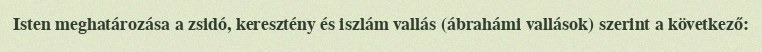
Isten meghatározása a zsidó, keresztény és iszlám vallás (ábrahámi vallások) szerint a következő: